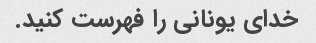
خدای یونانی را فهرست کنید.